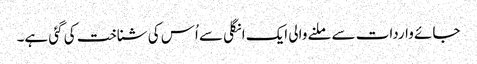
جائے واردات سے ملنے والی ایک انگلی سے اُس کی شناخت کی گئی ہے۔